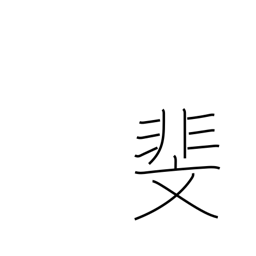
Meaning: patterned